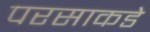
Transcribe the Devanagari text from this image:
परसाकडे